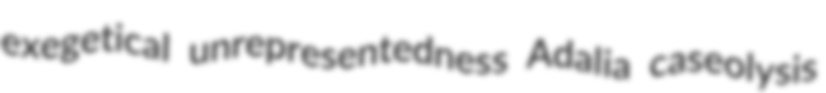
exegetical unrepresentedness Adalia caseolysis